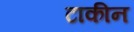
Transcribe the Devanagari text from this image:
टाकीन